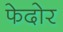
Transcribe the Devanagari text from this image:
फेदोर